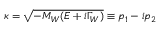
\kappa = \sqrt { - M _ { W } ( E + i \Gamma _ { W } ) } \equiv p _ { 1 } - i p _ { 2 }